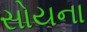
સોયના